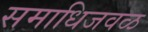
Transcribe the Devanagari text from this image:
समाधिजवळ